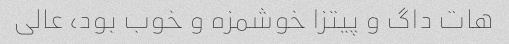
هات داگ و پیتزا خوشمزه و خوب بود، عالی